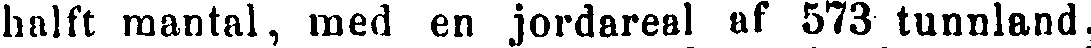
hälft mantal, med en jordareal af 573 tunnland,